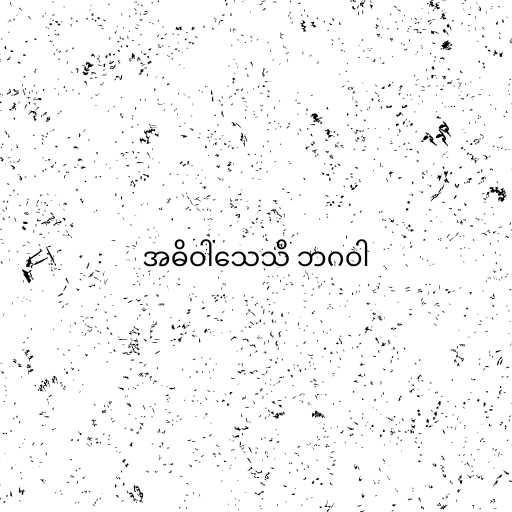
အဓိဝါသေသိ ဘဂဝါ